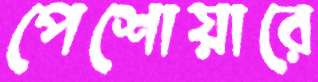
পেশোয়ারে